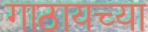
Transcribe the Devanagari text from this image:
गाठायच्या